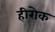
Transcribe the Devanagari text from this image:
हीरोक